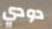
دودي